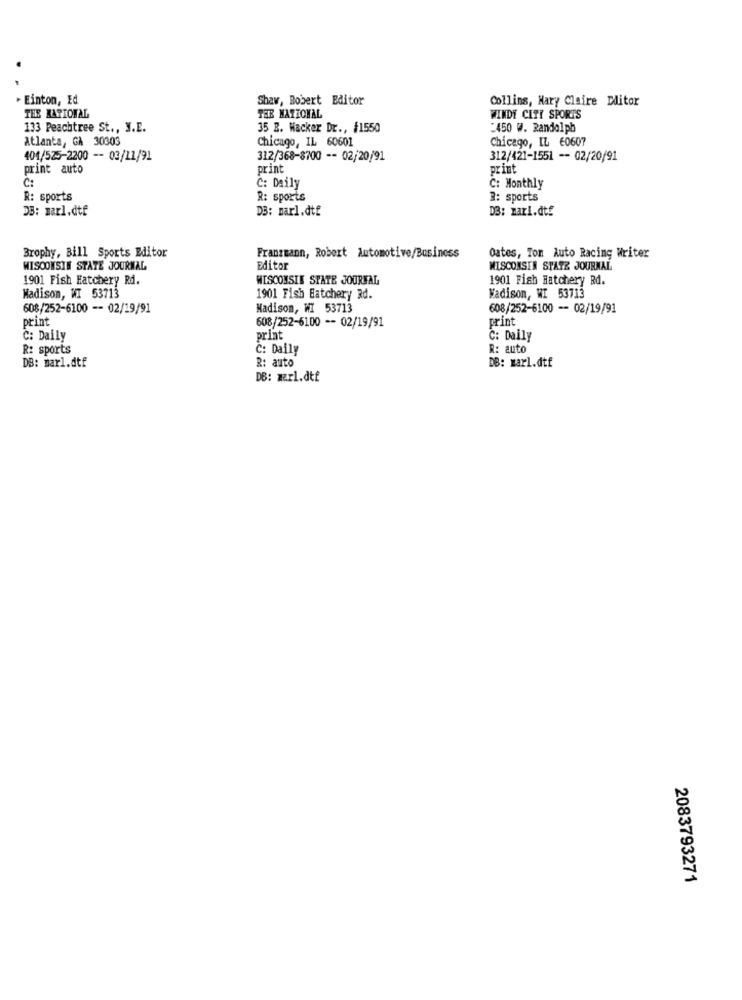
- Einton, Ed
Shaw, Bobert Editor
Collins, Hary Claire Dlitor
THE BARIONAL
THE NATIONAL
WINDY CITY SPORTS
133 Peachtree St ., N.E.
35 B. Wacker Dr ., $1550
:450 W. Randolph
Atlanta, GA 30303
Chicago, IL 60601
Chicago, IL 60607
404/525-2200 -- 03/11/91
312/368-8700 -- 02/20/91
312/421-1551 -- 02/20/91
print auto
print
print
C:
C: Daily
C: Monthly
R: sports
R: sports
3: sports
D3: marl.dtf
DB: marl.dtf
D3: marl.dtf
Brophy, Bill Sports Editor
Franzmann, Robert Automotive/Business
Oates, Ton Auto Racing Writer
WISCONSIN STATE JOURNAL
Editor
WISCONSIN STATE JOURNAL
1901 Fish Eatchery Rd.
WISCONSIN SPATE JOURNAL
1901 Fish Hatchery Rd.
Madison, WI 53713
1901 Fish Hatchery Rd.
Madison, WI 53713
608/252-6100 -- 02/19/91
Madison, WI 53713
608/252-6100 - 02/19/91
print
print
608/252-6100 -- 02/19/91
C: Daily
print
C: Daily
R: sports
C: Daily
R: auto
DB: marl.dtf
R: auto
DB: marl.dtf
DB: merl.dtf
2083793271